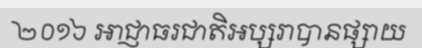
២០១៦ អាជ្ញាធរជាតិអប្សរាបានផ្សាយ